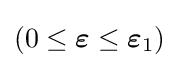
(0\leq {\boldsymbol {\varepsilon }}\leq {\boldsymbol {\varepsilon }}_{1})